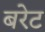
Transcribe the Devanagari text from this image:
बरेट